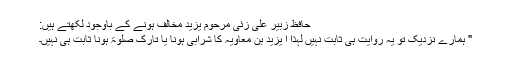
حافظ زبیر علی زئی مرحوم یزید مخالف ہونے کے باوجود لکھتے ہیں:
" ہمارے نزدیک تو یہ روایت ہی ثابت نہیں لہذا ا یزید بن معاویہ کا شرابی ہونا یا تارکِ صلوٰۃ ہونا ثابت ہی نہیں۔